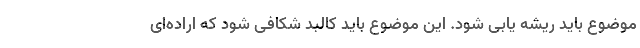
موضوع باید ریشه یابی شود. این موضوع باید کالبد شکافی شود که اراده‌ای